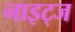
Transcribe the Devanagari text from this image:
नाइट्ज